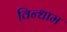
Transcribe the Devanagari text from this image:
विन्धाम